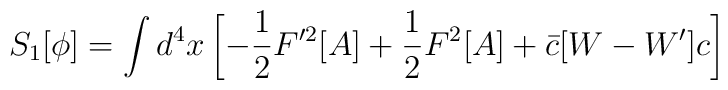
S_1[\phi] = \int d^4 x \left [ - \frac{ 1}{2  } F^{\prime 2}[A] +\frac{1}{2 } F^2[A] + \bar{c} [W-W^\prime ] c \right ]